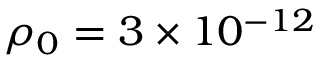
\rho _ { 0 } = 3 \times 1 0 ^ { - 1 2 }